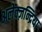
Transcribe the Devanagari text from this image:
अलेक्ज़न्द्रिया